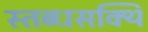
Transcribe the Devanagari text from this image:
स्तब्धसक्थि